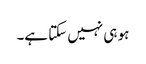
ہو ہی نہیں سکتا ہے۔